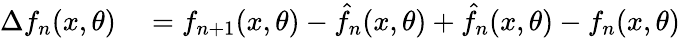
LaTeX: \begin{array}{rl}{\Delta f_{n}(x,\theta)}&{{}{}={}f_{n+1}(x,\theta)-\hat{f}_{n}(x,\theta){}+{}\hat{f}_{n}(x,\theta)-f_{n}(x,\theta)}\end{array}